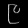
Digit: ၉